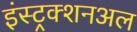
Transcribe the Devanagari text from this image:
इंस्ट्रक्शनअल